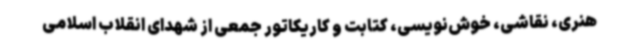
هنری، نقاشی، خوش‌نویسی، کتابت و کاریکاتور جمعی از شهدای انقلاب اسلامی